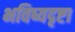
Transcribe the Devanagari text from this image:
भविष्यदृष्टा